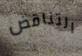
التناقض